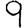
Digit: 9